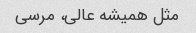
مثل همیشه عالی، مرسی